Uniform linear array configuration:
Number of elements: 16
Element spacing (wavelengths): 0.75
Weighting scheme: uniform
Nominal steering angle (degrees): -60
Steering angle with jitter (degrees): -58.379
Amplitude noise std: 0.05
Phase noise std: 0.05

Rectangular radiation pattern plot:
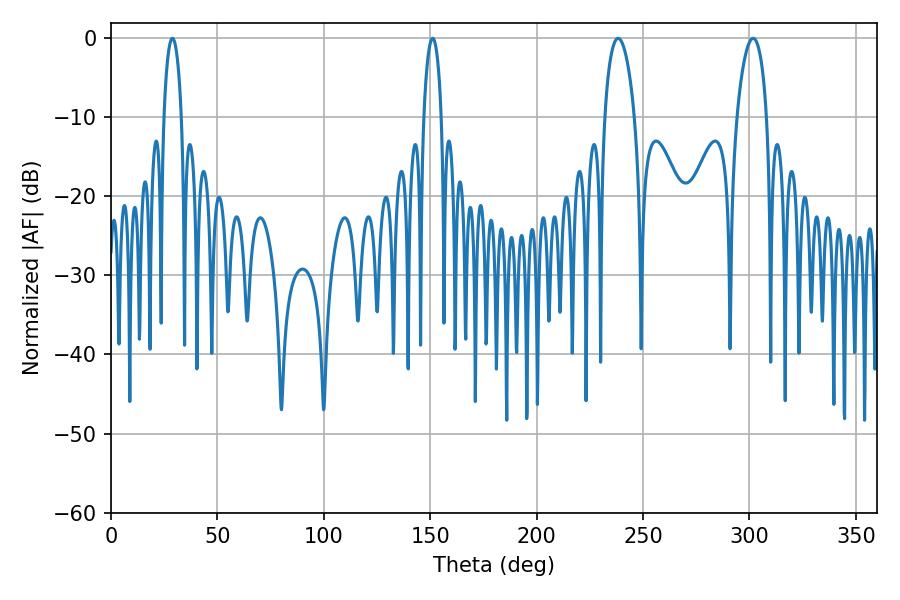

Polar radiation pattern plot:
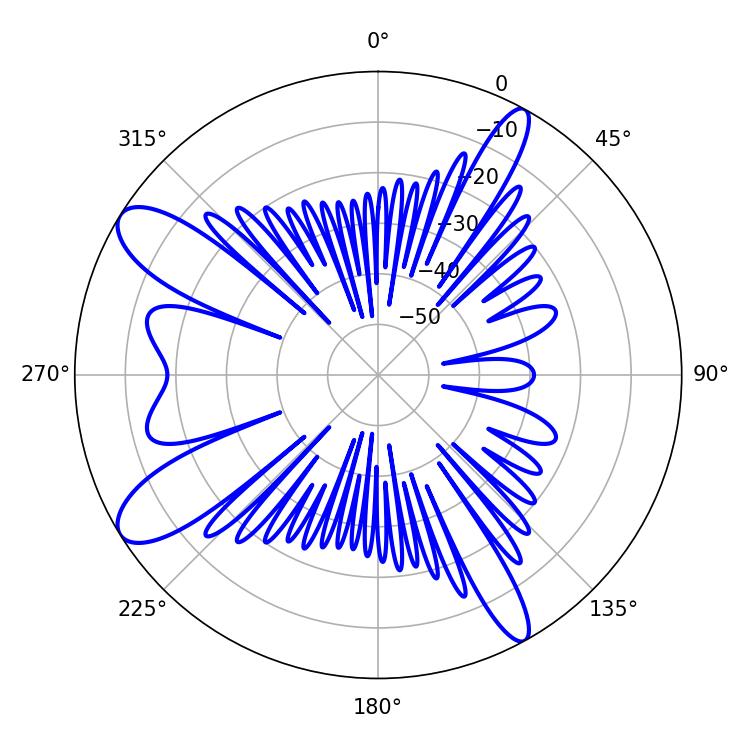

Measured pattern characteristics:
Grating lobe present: TRUE
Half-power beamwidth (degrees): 7.92
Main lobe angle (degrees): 238.32